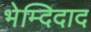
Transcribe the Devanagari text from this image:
भेम्दिदाद